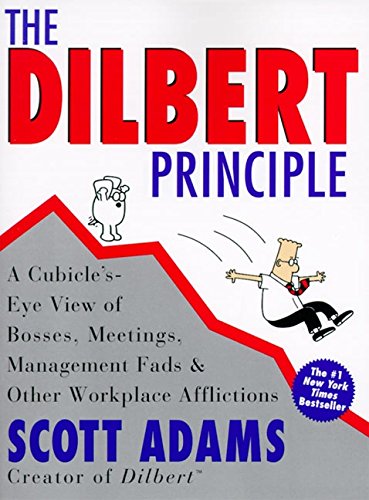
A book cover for The Dilbert Principle: A Cubicle's-Eye View of Bosses, Meetings, Management Fads & Other Workplace Afflictions; Scott Adams; Humor & Entertainment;